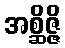
အစ္ဆိဇ္ဇိ